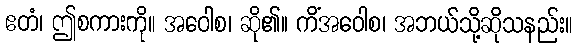
ဧတံ၊ ဤစကားကို။ အဝေါစ၊ ဆို၏။ ကိံအဝေါစ၊ အဘယ်သို့ဆိုသနည်း။